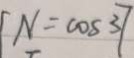
N = \cos 3 7